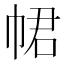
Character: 𢂽